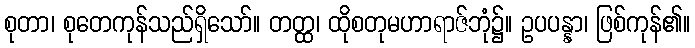
စုတာ၊ စုတေကုန်သည်ရှိသော်။ တတ္ထ၊ ထိုစတုမဟာရာဇ်ဘုံ၌။ ဥပပန္နာ၊ ဖြစ်ကုန်၏။